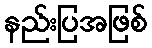
နည်းပြအဖြစ်